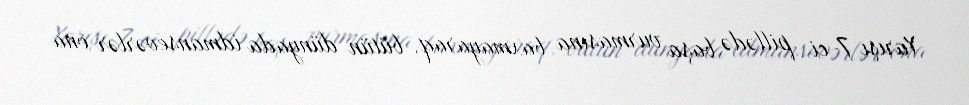
Yarışı 7-ci pillədə başa vurmasına baxmayaraq, bütün dünyada idmansevərlər ona